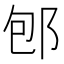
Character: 𨚔